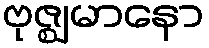
ဗုဇ္ဈမာနော